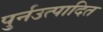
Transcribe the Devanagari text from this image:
पुर्नउत्पादित